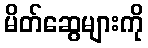
မိတ်ဆွေများကို